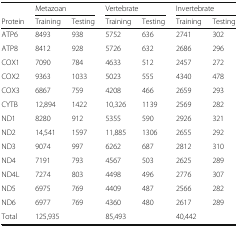
<table><thead><tr><td></td><td colspan="2"><b>Metazoan</b></td><td colspan="2"><b>Vertebrate</b></td><td colspan="2"><b>Invertebrate</b></td></tr><tr><td><b>Protein</b></td><td><b>Training</b></td><td><b>Testing</b></td><td><b>Training</b></td><td><b>Testing</b></td><td><b>Training</b></td><td><b>Testing</b></td></tr></thead><tbody><tr><td>ATP6</td><td>8493</td><td>938</td><td>5752</td><td>636</td><td>2741</td><td>302</td></tr><tr><td>ATP8</td><td>8412</td><td>928</td><td>5726</td><td>632</td><td>2686</td><td>296</td></tr><tr><td>COX1</td><td>7090</td><td>784</td><td>4633</td><td>512</td><td>2457</td><td>272</td></tr><tr><td>COX2</td><td>9363</td><td>1033</td><td>5023</td><td>555</td><td>4340</td><td>478</td></tr><tr><td>COX3</td><td>6867</td><td>759</td><td>4208</td><td>466</td><td>2659</td><td>293</td></tr><tr><td>CYTB</td><td>12,894</td><td>1422</td><td>10,326</td><td>1139</td><td>2569</td><td>282</td></tr><tr><td>ND1</td><td>8280</td><td>912</td><td>5355</td><td>590</td><td>2926</td><td>321</td></tr><tr><td>ND2</td><td>14,541</td><td>1597</td><td>11,885</td><td>1306</td><td>2655</td><td>292</td></tr><tr><td>ND3</td><td>9074</td><td>997</td><td>6262</td><td>687</td><td>2812</td><td>310</td></tr><tr><td>ND4</td><td>7191</td><td>793</td><td>4567</td><td>503</td><td>2625</td><td>289</td></tr><tr><td>ND4L</td><td>7274</td><td>803</td><td>4498</td><td>496</td><td>2776</td><td>307</td></tr><tr><td>ND5</td><td>6975</td><td>769</td><td>4409</td><td>487</td><td>2566</td><td>282</td></tr><tr><td>ND6</td><td>6977</td><td>769</td><td>4360</td><td>480</td><td>2617</td><td>289</td></tr><tr><td>Total</td><td colspan="2">125,935</td><td colspan="2">85,493</td><td colspan="2">40,442</td></tr></tbody></table>